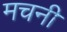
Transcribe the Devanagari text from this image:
मचनी